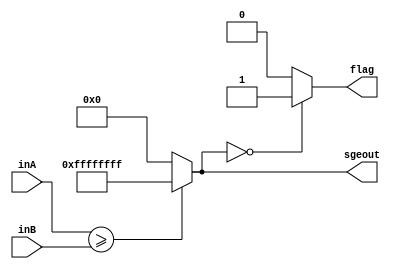
module SGE(inA, inB, sgeout, flag);
    input [31:0] inA;
    input [31:0] inB;
    output reg [31:0] sgeout;
    output reg flag;
    
    always@(*) begin
        sgeout = ($signed(inA)>=$signed(inB))?32'b11111111111111111111111111111111:32'b0;
        if(sgeout==0)
            flag = 1;
        else
            flag = 0;
    end
endmodule